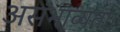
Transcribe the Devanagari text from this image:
असंभाव्यता।